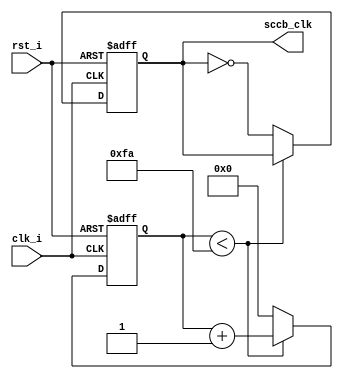
module camSccbClk(
	input clk_i, 
	input rst_i, 
	output reg sccb_clk );
	
   parameter IN_FREQ = 50_000_000; // clk_i frequency in Hz.
   localparam  SCCB_FREQ = 100_000;    // SCCB frequency in Hz.
   localparam  T_SREG = 300;           // Register setup time in ms. 300ms for OV7670.

   localparam  integer SREG_CYCLES = (IN_FREQ/1000)*T_SREG;   
   localparam  SCCB_PERIOD = IN_FREQ/SCCB_FREQ/2;

   reg  [clog2(SCCB_PERIOD):0] sccb_clk_cnt = 0;

   // Generate clock for the SCCB.
   always @(posedge clk_i or negedge rst_i) begin
      if (rst_i == 0) begin
         sccb_clk_cnt <= 0;
         sccb_clk <= 0;
      end else begin
         if (sccb_clk_cnt < SCCB_PERIOD) begin
            sccb_clk_cnt <= sccb_clk_cnt + 1;
         end else begin
            sccb_clk <= ~sccb_clk;
            sccb_clk_cnt <= 0;
         end
      end
   end

	
function integer clog2;
   input integer value;
   
   begin  
      value = value-1;
      for (clog2=0; value>0; clog2=clog2+1)
         value = value>>1;
   end  
   
endfunction

endmodule